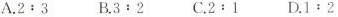
A.$$2:3$$ B.$$3:2$$ C.$$2:1$$ D.$$1:2$$